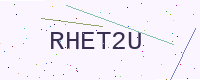
Text: RHET2U